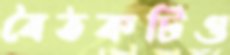
বৈঠকটিও